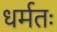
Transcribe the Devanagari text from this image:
धर्मतः